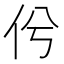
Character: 𠆵